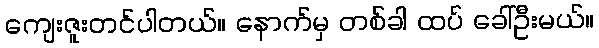
ကျေးဇူးတင်ပါတယ်။ နောက်မှ တစ်ခါ ထပ် ခေါ်ဦးမယ်။